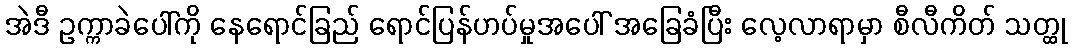
အဲဒီ ဥက္ကာခဲပေါ်ကို နေရောင်ခြည် ရောင်ပြန်ဟပ်မှုအပေါ် အခြေခံပြီး လေ့လာရာမှာ စီလီကိတ် သတ္ထု